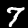
Digit: 7